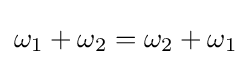
\omega _{1}+\omega _{2}=\omega _{2}+\omega _{1}